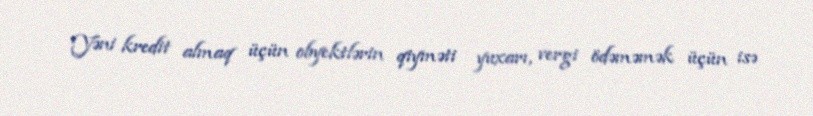
Yəni kredit almaq üçün obyektlərin qiyməti yuxarı, vergi ödəməmək üçün isə